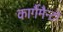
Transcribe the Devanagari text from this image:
कार्गैमैन्टो